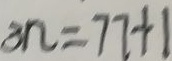
3 n = 7 7 + 1